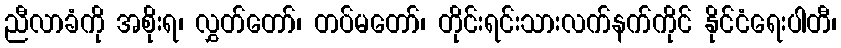
ညီလာခံကို အစိုးရ၊ လွှတ်တော်၊ တပ်မတော်၊ တိုင်းရင်းသားလက်နက်ကိုင် နိုင်ငံရေးပါတီ၊